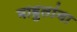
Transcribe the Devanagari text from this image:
माहुतांना